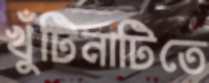
খুঁটিনাটিতে